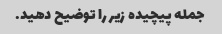
جمله پیچیده زیر را توضیح دهید.